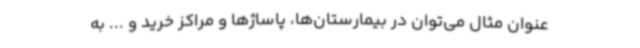
عنوان مثال می‌توان در بیمارستان‌ها، پاساژها و مراکز خرید و ... به